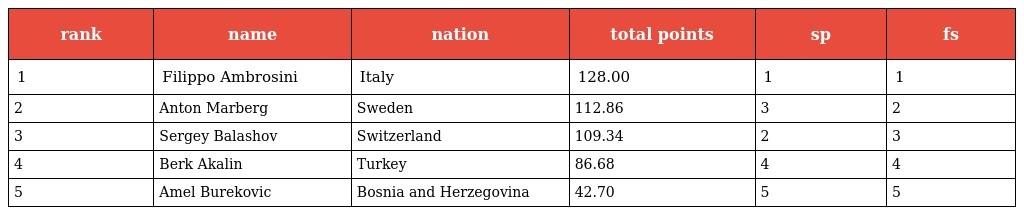
| rank | name | nation | total points | sp | fs |
 | --- | --- | --- | --- | --- | --- |
 | 1 | Filippo Ambrosini | Italy | 128.00 | 1 | 1 |
 | 2 | Anton Marberg | Sweden | 112.86 | 3 | 2 |
 | 3 | Sergey Balashov | Switzerland | 109.34 | 2 | 3 |
 | 4 | Berk Akalin | Turkey | 86.68 | 4 | 4 |
 | 5 | Amel Burekovic | Bosnia and Herzegovina | 42.70 | 5 | 5 |